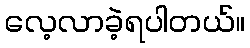
လေ့လာခဲ့ရပါတယ်။